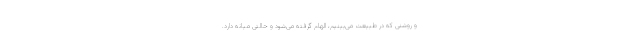
و روشنی که در طبیعت می‌بینیم، الهام گرفته می‌شود و حالتی میانه دارد.